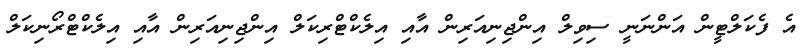
އެ ފެކަލްޓީން އަންނަނީ ސިވިލް އިންޖިނިއަރިން އާއި އިލެކްޓްރިކަލް އިންޖިނިއަރިން އާއި އިލެކްޓްރޯނިކަލް